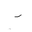
Letter: _ra